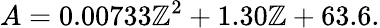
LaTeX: A=0.00733\mathbb{Z}^{2}+1.30\mathbb{Z}+63.6.